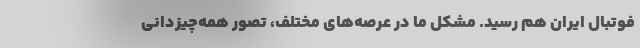
فوتبال ایران هم رسید. مشکل ما در عرصه‌های مختلف، تصور همه‌چیز‌دانی